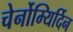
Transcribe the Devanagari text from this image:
चेर्नोम्यिर्दिन